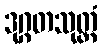
ဒုဂ္ဂတသုတ္တံ